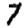
Digit: 7